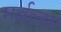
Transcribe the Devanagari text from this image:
मर्बल्स